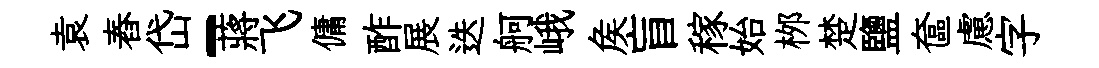
袁舂岱-蔣飞傭酢展迭舸峨矦盲稼始桞楚鹽奩慮字